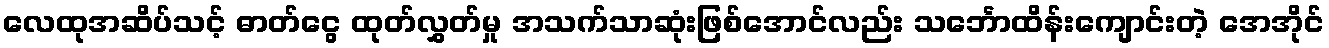
လေထုအဆိပ်သင့် ဓာတ်ငွေ ထုတ်လွှတ်မှု အသက်သာဆုံးဖြစ်အောင်လည်း သင်္ဘောထိန်းကျောင်းတဲ့ အေအိုင်